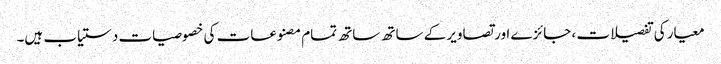
معیار کی تفصیلات ، جائزے اور تصاویر کے ساتھ ساتھ تمام مصنوعات کی خصوصیات دستیاب ہیں۔